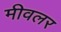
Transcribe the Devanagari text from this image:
मीवलर